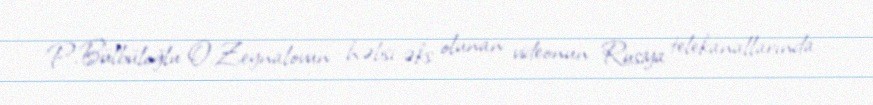
P.Bülbüloğlu O.Zeynalovun həbsi əks olunan videonun Rusiya telekanallarında